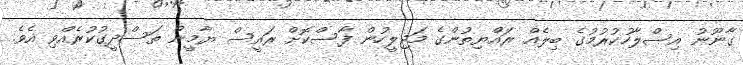
ގާނޫނު އިސްލާހުކުރުމުގެ ބިލެއް ރައްޔިތުންގެ މަޖިލީހުން ފާސްކޮށް ރައީސް ޔާމީން ތަސްދީގުކުރެއްވި އެވެ.